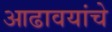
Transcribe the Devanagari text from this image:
आढावयांचे